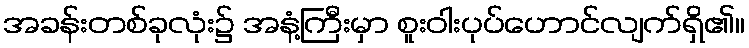
အခန်းတစ်ခုလုံး၌ အနံ့ကြီးမှာ စူးဝါးပုပ်ဟောင်လျက်ရှိ၏။